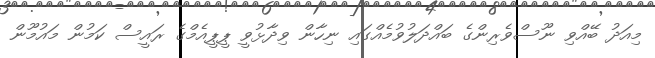
މިއަދު ބޭއްވި ނޫސްވެރިންގެ ބައްދަލުވުމެއްގައި ނިހާން ވިދާޅުވީ ޕީޕީއެމްގެ ރައީސް ކަމުން މައުމޫން